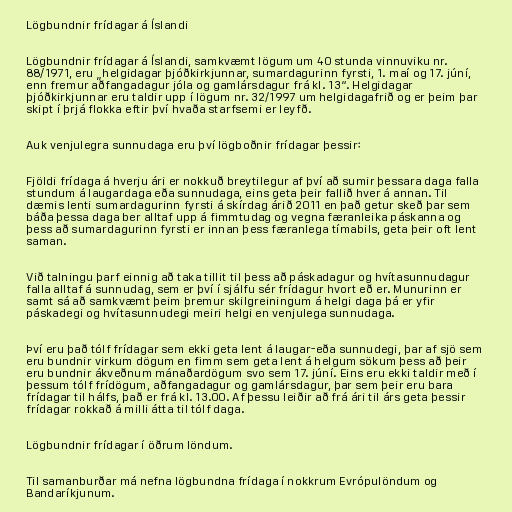
Lögbundnir frídagar á Íslandi

Lögbundnir frídagar á Íslandi, samkvæmt lögum um 40 stunda vinnuviku nr.
88/1971, eru „helgidagar þjóðkirkjunnar, sumardagurinn fyrsti, 1. maí og 17. júní,
enn fremur aðfangadagur jóla og gamlársdagur frá kl. 13“. Helgidagar
þjóðkirkjunnar eru taldir upp í lögum nr. 32/1997 um helgidagafrið og er þeim þar
skipt í þrjá flokka eftir því hvaða starfsemi er leyfð.

Auk venjulegra sunnudaga eru því lögboðnir frídagar þessir:

Fjöldi frídaga á hverju ári er nokkuð breytilegur af því að sumir þessara daga falla
stundum á laugardaga eða sunnudaga, eins geta þeir fallið hver á annan. Til
dæmis lenti sumardagurinn fyrsti á skírdag árið 2011 en það getur skeð þar sem
báða þessa daga ber alltaf upp á fimmtudag og vegna færanleika páskanna og
þess að sumardagurinn fyrsti er innan þess færanlega tímabils, geta þeir oft lent
saman.

Við talningu þarf einnig að taka tillit til þess að páskadagur og hvítasunnudagur
falla alltaf á sunnudag, sem er því í sjálfu sér frídagur hvort eð er. Munurinn er
samt sá að samkvæmt þeim þremur skilgreiningum á helgi daga þá er yfir
páskadegi og hvítasunnudegi meiri helgi en venjulega sunnudaga.

Því eru það tólf frídagar sem ekki geta lent á laugar-eða sunnudegi, þar af sjö sem
eru bundnir virkum dögum en fimm sem geta lent á helgum sökum þess að þeir
eru bundnir ákveðnum mánaðardögum svo sem 17. júní. Eins eru ekki taldir með í
þessum tólf frídögum, aðfangadagur og gamlársdagur, þar sem þeir eru bara
frídagar til hálfs, það er frá kl. 13.00. Af þessu leiðir að frá ári til árs geta þessir
frídagar rokkað á milli átta til tólf daga.

Lögbundnir frídagar í öðrum löndum.

Til samanburðar má nefna lögbundna frídaga í nokkrum Evrópulöndum og
Bandaríkjunum.